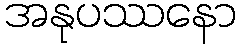
အနုပဿနော